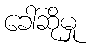
ခေါ်ဆိုမှု